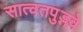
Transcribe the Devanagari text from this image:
सात्वतपुङ्गवे